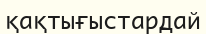
қақтығыстардай